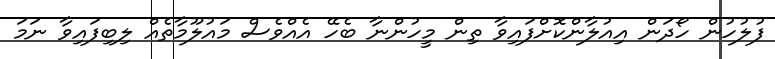
ފުލުހުން ހޯދަން އިއުލާންކޮށްފައިވާ ތިން މީހުންނާ ބެހޭ އެއްވެސް މައުލޫމާތެއް ލިބިފައިވާ ނަމަ